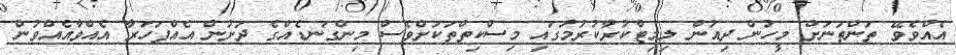
އެއްވެވޭ ތަންތަނަށް މީހުން ދިއުން ލިމިޓްކުރާކުރުމުގައި މިސްކިތްތަކަށްވެސް މިންގަނޑެއްގެ ދަށުން އެއްފަހަރާ އެއްވާއެއްވުން